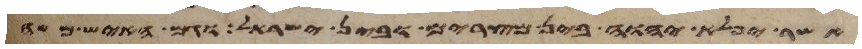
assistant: אשר יפלא יהוה בין מצרים ובין ישראל וגם האיש משה